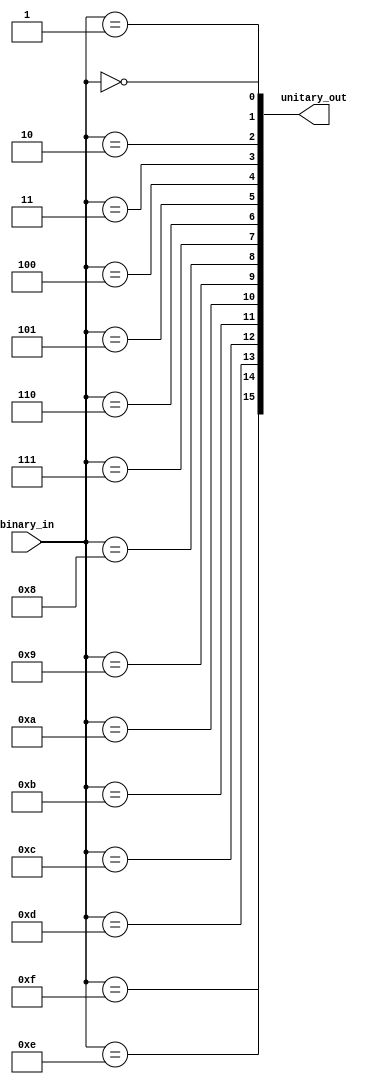
module decoder
#(
  parameter LINES = 16,
  parameter WIDTH = $clog2(LINES)
)
(
  input   [WIDTH-1:0] binary_in,
  output  [LINES-1:0] unitary_out
);

//use generate
genvar i;
generate
for (i = 0; i < LINES; i = i + 1) begin
  assign unitary_out[i] = binary_in == i;
end
endgenerate
  
//a more simple code
/*
assign unitary_out = {LINES'b1} << binary_in;
*/
endmodule